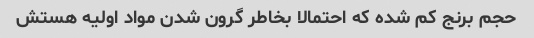
حجم برنج کم شده که احتمالا بخاطر گرون شدن مواد اولیه هستش